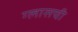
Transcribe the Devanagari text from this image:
ग्लासची